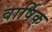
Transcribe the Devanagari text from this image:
वार्षिक्